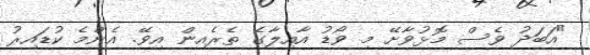
"އަބަދު ވެސް މޮޅުވާށޭ މި ވޯޑު އާއިލާގެ ތެރެއިން އިވޭ. އެންމެ ކުޑައިރު